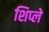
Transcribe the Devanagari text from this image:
शिप्ले